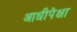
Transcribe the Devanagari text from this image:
आधीपेक्षा